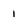
Character: 1